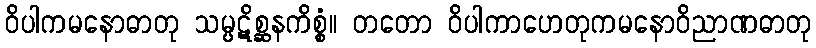
ဝိပါကမနောဓာတု သမ္ပဋိစ္ဆနကိစ္စံ။ တတော ဝိပါကာဟေတုကမနောဝိညာဏဓာတု